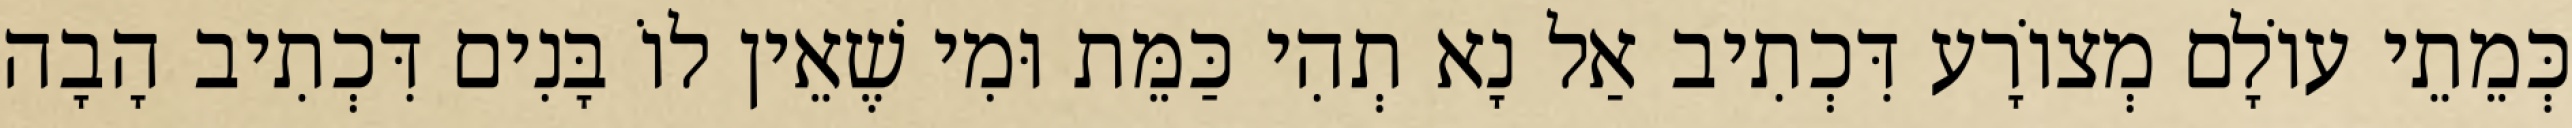
כְּמֵתֵי עוֹלָם מְצוֹרָע דִּכְתִיב אַל נָא תְהִי כַּמֵּת וּמִי שֶׁאֵין לוֹ בָּנִים דִּכְתִיב הָבָה